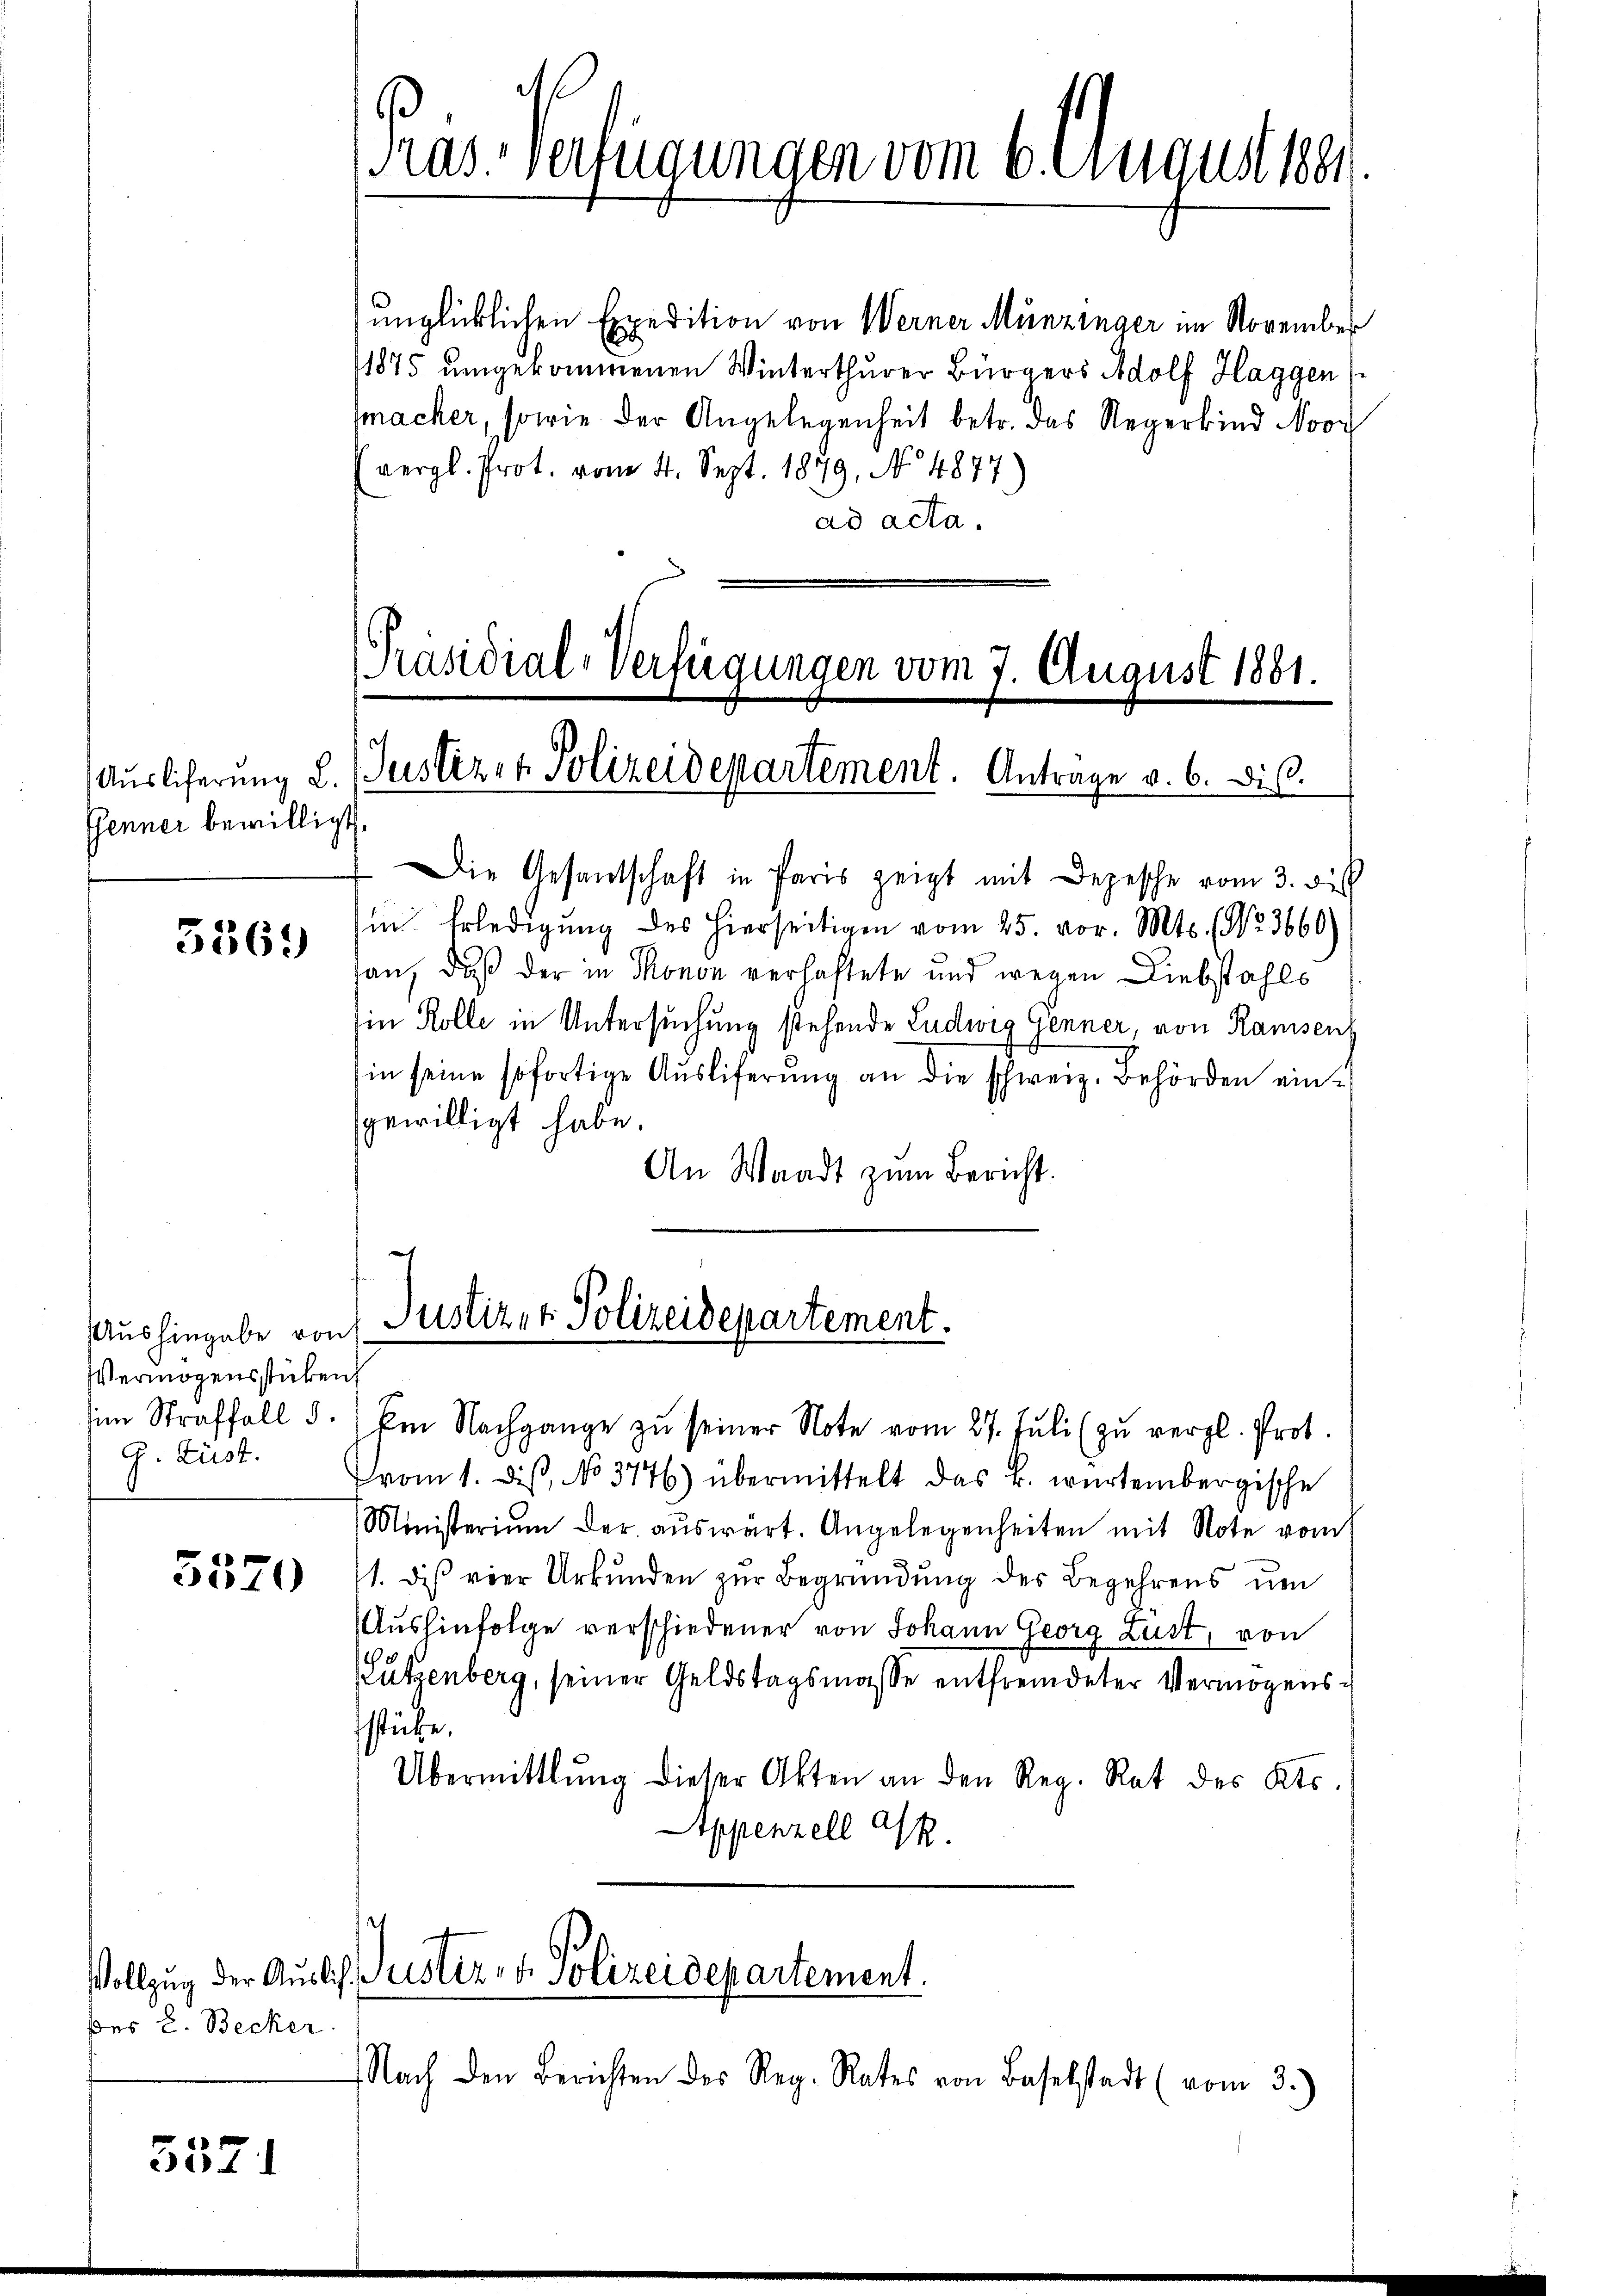
Esenner bewilligt

5365

Aushingabe von
Vermögensstücken
g. Lust.

5570

des 8. Becker.

557

Pras. Verfügungen vom 6. August 1891

unglücklichen Expedition von Werner Münzinger im November
1875 umgerommenen Winterthurer Bürgers Adolf Haggen
macher, sowie der Angelegenheit betr. das Regerkind Noor
vergl. Prot. vom 4. Sept. 1879, No 4877)
ad acta.

Präsidial-Verfügungen vom 7. August 1881.
Auslieferung L. Justiz- & Polizeidepartement. Antrage v. 6. Dis

Die Gesandschaft in Paris zeigt mit Depesche vom 3. di
in Erledigung des hierseitigen vom 25. vor. Mts. No. 3660)
san, daß der in Monon verhaftete und wegen Liebstahls
Ein Kolle in Untersuchung stehende Ludwig Genner, von Ramsenh
in seine sofortige Aŭsliferung an die schweiz. Behörden ein-
gewilligt habe.
An Waadt zum Bericht.

Justiz- & Polizeidepartement.

Vollzug der Auslich Justiz- & Polizeidepartement.

Nach den Berichten des Reg. Rates von Baselstadt (vom 3.)

im Straffall d. Am Nachgange zŭ seiner Note vom 27. Jŭli (zu vergl. Prot.
vom 1. diβ, No 3776) übermittelt das k. würtembergische
Ministerium der aŭswärt. Angelegenheiten mit Note vom
1. dis vier Urkunden zur Begründung des Begehrens um
Aushinfolge verschiedener von Johann Georg Lust, von
utzenberg, seiner Geldstagsmasse entfremdeter Vermögenssstücke.
Übermittlung dieser Akten an den Reg. Rat des Kts.
Appenzell A.